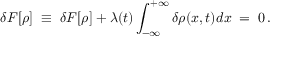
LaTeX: \delta { \cal F } [ \rho ] \; \equiv \; \delta { F } [ \rho ] + \lambda ( t ) \int _ { - \infty } ^ { + \infty } \delta \rho ( x , t ) d x \; = \; 0 \, .